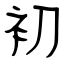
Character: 初